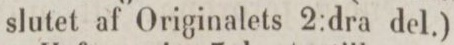
slutet af Originalets 2:dra del.) 1: ”